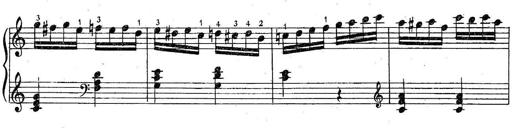
Title: 6 Easy Sonatinas
Composer: Carl Czerny